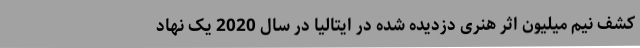
کشف نیم میلیون اثر هنری دزدیده شده در ایتالیا در سال 2020 یک نهاد